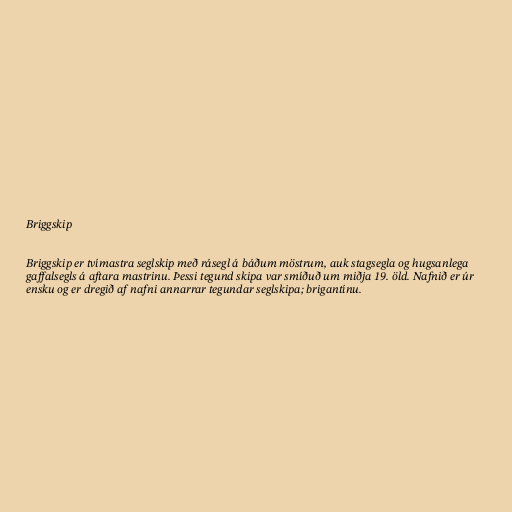
Briggskip

Briggskip er tvímastra seglskip með rásegl á báðum möstrum, auk stagsegla og hugsanlega
gaffalsegls á aftara mastrinu. Þessi tegund skipa var smíðuð um miðja 19. öld. Nafnið er úr
ensku og er dregið af nafni annarrar tegundar seglskipa; brigantínu.